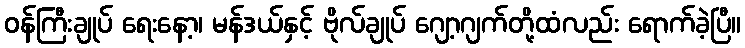
ဝန်ကြီးချုပ် ရေးနော့၊ မန်ဒယ်နှင့် ဗိုလ်ချုပ် ဂျော့ဂျက်တို့ထံလည်း ရောက်ခဲ့ပြီ။